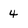
Character: 4